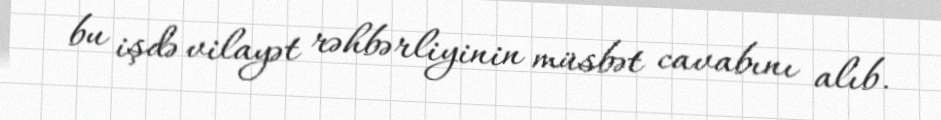
bu işdə vilayət rəhbərliyinin müsbət cavabını alıb.